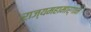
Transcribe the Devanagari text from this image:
राज्यमहामार्गाने